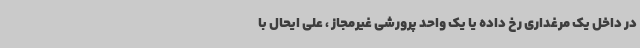
در داخل یک مرغداری رخ داده یا یک واحد پرورشی غیرمجاز ، علی ایحال با